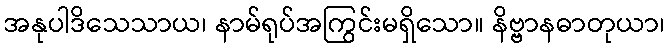
အနုပါဒိသေသာယ၊ နာမ်ရုပ်အကြွင်းမရှိသော။ နိဗ္ဗာနဓာတုယာ၊